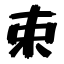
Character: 束